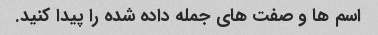
اسم ها و صفت های جمله داده شده را پیدا کنید.